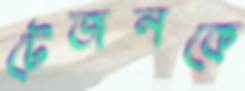
টেজনকে